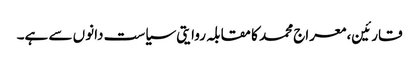
قارئین، معراج محمد کا مقابلہ روایتی سیاست دانوں سے ہے۔